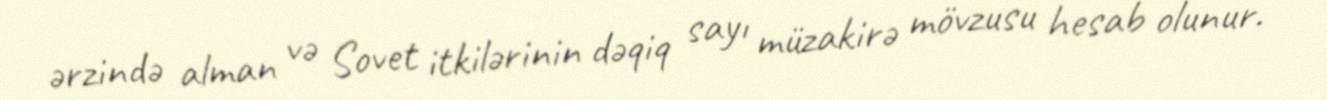
ərzində alman və Sovet itkilərinin dəqiq sayı müzakirə mövzusu hesab olunur.